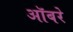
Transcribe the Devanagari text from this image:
ऑबरे